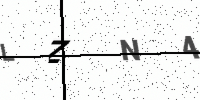
Text: LZN4